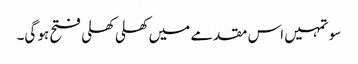
سو تمہیں اس مقدمے میں کھلی کھلی فتح ہو گی۔